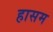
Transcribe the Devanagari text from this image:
हासम